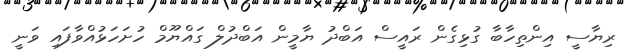
ރިޔާސީ އިންތިހާބާ ގުޅިގެން ރައީސް އަބްދު ޔާމީން އަބްދުލް ގައްޔޫމް ހުށަހަޅުއްވާފައި ވަނީ